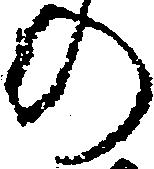
の